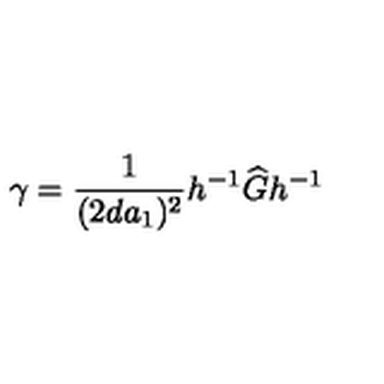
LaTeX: \gamma = \frac { 1 } { ( 2 d a _ { 1 } ) ^ { 2 } } h ^ { - 1 } \widehat { G } h ^ { - 1 }